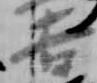
吉